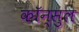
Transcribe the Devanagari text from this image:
कॉन्सुल